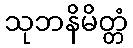
သုဘနိမိတ္တံ